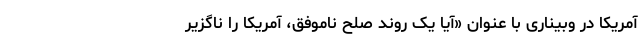
آمریکا در وبیناری با عنوان «آیا یک روند صلح ناموفق، آمریکا را ناگزیر